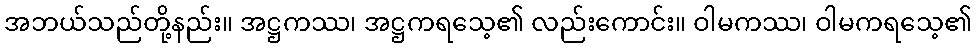
အဘယ်သည်တို့နည်း။ အဋ္ဌကဿ၊ အဋ္ဌကရသေ့၏ လည်းကောင်း။ ဝါမကဿ၊ ဝါမကရသေ့၏